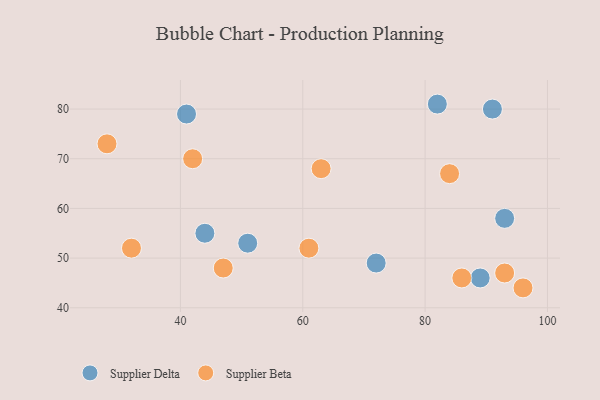
{"axis": {"x": "GDP", "y": "Life Expectancy"}, "legend": ["Supplier Beta", "Supplier Delta"], "data": [{"x": "82", "y": 81, "type": "Supplier Delta"}, {"x": "72", "y": 49, "type": "Supplier Delta"}, {"x": "91", "y": 80, "type": "Supplier Delta"}, {"x": "44", "y": 55, "type": "Supplier Delta"}, {"x": "89", "y": 46, "type": "Supplier Delta"}, {"x": "51", "y": 53, "type": "Supplier Delta"}, {"x": "93", "y": 58, "type": "Supplier Delta"}, {"x": "41", "y": 79, "type": "Supplier Delta"}, {"x": "84", "y": 67, "type": "Supplier Beta"}, {"x": "32", "y": 52, "type": "Supplier Beta"}, {"x": "96", "y": 44, "type": "Supplier Beta"}, {"x": "42", "y": 70, "type": "Supplier Beta"}, {"x": "28", "y": 73, "type": "Supplier Beta"}, {"x": "86", "y": 46, "type": "Supplier Beta"}, {"x": "63", "y": 68, "type": "Supplier Beta"}, {"x": "47", "y": 48, "type": "Supplier Beta"}, {"x": "61", "y": 52, "type": "Supplier Beta"}, {"x": "93", "y": 47, "type": "Supplier Beta"}]}